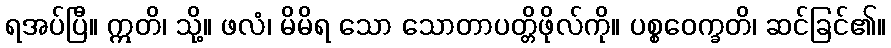
ရအပ်ပြီ။ ဣတိ၊ သို့။ ဖလံ၊ မိမိရ သော သောတာပတ္တိဖိုလ်ကို။ ပစ္စဝေက္ခတိ၊ ဆင်ခြင်၏။